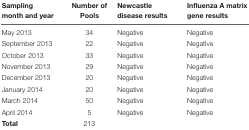
<table><thead><tr><td><b>Sampling month and year</b></td><td><b>Number of Pools</b></td><td><b>Newcastle disease results</b></td><td><b>Influenza A matrix gene results</b></td></tr></thead><tbody><tr><td>May 2013</td><td>34</td><td>Negative</td><td>Negative</td></tr><tr><td>September 2013</td><td>22</td><td>Negative</td><td>Negative</td></tr><tr><td>October 2013</td><td>33</td><td>Negative</td><td>Negative</td></tr><tr><td>November 2013</td><td>29</td><td>Negative</td><td>Negative</td></tr><tr><td>December 2013</td><td>20</td><td>Negative</td><td>Negative</td></tr><tr><td>January 2014</td><td>20</td><td>Negative</td><td>Negative</td></tr><tr><td>March 2014</td><td>50</td><td>Negative</td><td>Negative</td></tr><tr><td>April 2014</td><td>5</td><td>Negative</td><td>Negative</td></tr><tr><td><b>Total</b></td><td>213</td><td></td><td></td></tr></tbody></table>